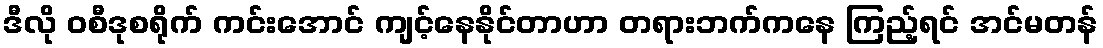
ဒီလို ဝစီဒုစရိုက် ကင်းအောင် ကျင့်နေနိုင်တာဟာ တရားဘက်ကနေ ကြည့်ရင် အင်မတန်